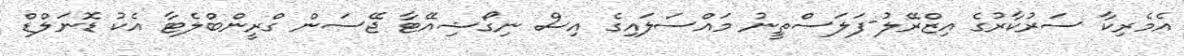
އެމެރިކާ ސަރުކާރުގެ އިޒްރޭލު-ފަލަސްތީނު މައްސަލައިގެ އިސް ނިގޯޝިއޭޓާ ޖޭސަން ގްރީންބްލެޓާ އެކު ޑޮނަލްޑް